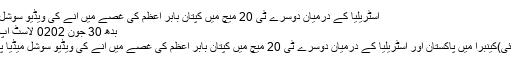
﻿ آسٹریلیا کے درمیان دوسرے ٹی 20 میچ میں کپتان بابر اعظم کی غصے میں آنے کی ویڈیو سوشل میڈیا پر وائرل
بدھ‬‮ 03 جون‬‮ 2020 لاسٹ اپ ڈیٹڈ : 18:14
کینبرا (این این آئی)کینبرا میں پاکستان اور آسٹریلیا کے درمیان دوسرے ٹی 20 میچ میں کپتان بابر اعظم کی غصے میں آنے کی ویڈیو سوشل میڈیا پر وائرل ہوگئی۔